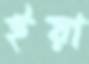
ইয়া